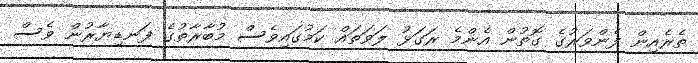
ތެރެއިން ފެންވަރުގެ ގޮތުން އެންމެ ރަގަޅު ލަވަތައް ކަމުގައިވެސް މުބާރާތުގެ ފަނޑިޔާރުން ވެސް